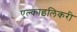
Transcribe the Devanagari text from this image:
एल्काइलिकरी